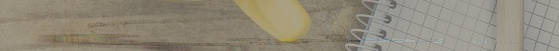
مدرسة الأمل الدولية: تعلي